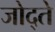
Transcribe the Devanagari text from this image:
जोद्ते